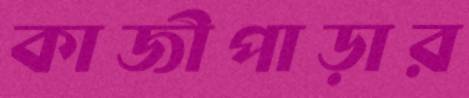
কাজীপাড়ার